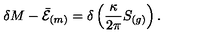
\delta M - \bar { \cal E } _ { ( m ) } = \delta \left( { \frac { \kappa } { 2 \pi } } S _ { ( g ) } \right) .